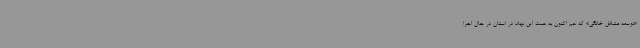
«توسعه مشاغل خانگی» که هم اکنون به همت این نهاد در استان در حال اجرا